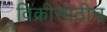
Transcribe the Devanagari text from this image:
विक्रीसाठीच